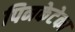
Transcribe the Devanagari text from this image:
पिनकेटेका